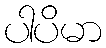
ပါပိမာ